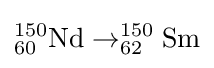
\mathrm {^{150}_{60}Nd\rightarrow _{62}^{150}Sm}